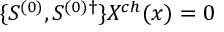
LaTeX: \{ S ^ { ( 0 ) } , S ^ { ( 0 ) \dagger } \} X ^ { c h } ( x ) = 0